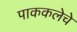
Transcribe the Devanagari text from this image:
पाककलेचे